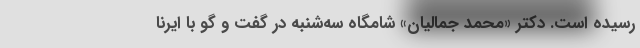
رسیده است. دکتر «محمد جمالیان» شامگاه سه‌شنبه در گفت و گو با ایرنا